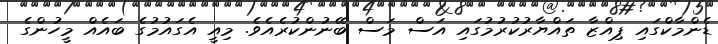
ޑެންމާކްގައި ޕިއްޒާ ތައްޔާރުކުރުމުގައި އަސް މަސް ބޭނުންކުރެއެވެ. މިއީ އެގައުމުގެ ބައެއް މީހުންގެ